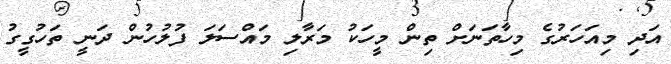
އަދި މިއަހަރުގެ މިހާތަނަށް ތިން މީހަކު މަރާލި މައްސަލަ ފުލުހުން ދަނީ ތަހުގީގު